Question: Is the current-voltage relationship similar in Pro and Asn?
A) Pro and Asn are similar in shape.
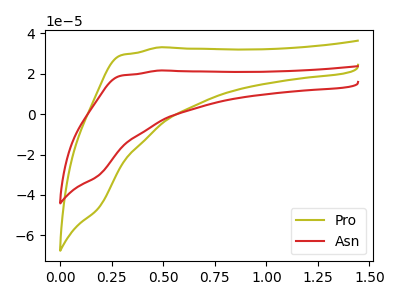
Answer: <think>The olive curve "Pro" has no peaks. The red curve "Asn" has no peaks.
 Neither "Pro" or "Asn" have any peaks.</think>
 <answer>A) "Pro" and "Asn" are similar in shape.</answer>
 <eval>A</eval>